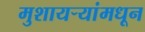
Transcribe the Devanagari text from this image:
मुशायऱ्यांमधून